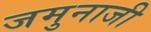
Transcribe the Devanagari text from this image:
जमुनाजी